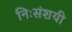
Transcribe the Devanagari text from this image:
निःसंशयी